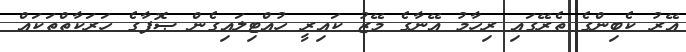
އޭރު ކެބިންގެ ތެރޭގައި ރިހާމު އޭނާގެ މޭޒު ކައިރީ ހުއްޓިލައިގެން ޞޮފާގެ ހަރަކާތްތަކައް